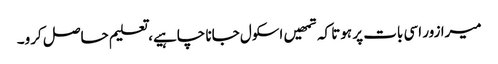
میرا زور اسی بات پر ہوتا کہ تمھیں اسکول جانا چاہیے، تعلیم حاصل کرو۔